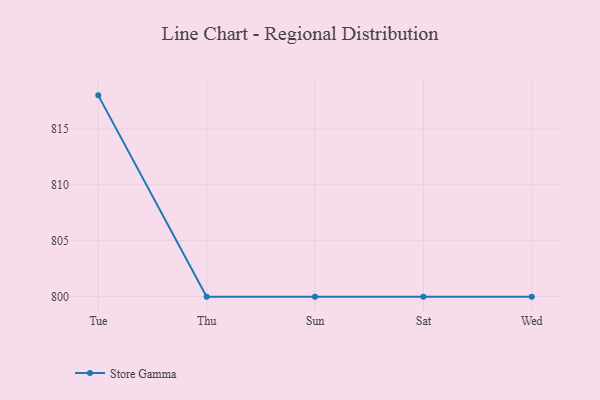
{"axis": {"x": "Day", "y": "Bounce Rate (%)"}, "legend": ["Store Gamma"], "data": [{"x": "Tue", "y": 818.0, "type": "Store Gamma"}, {"x": "Thu", "y": 800, "type": "Store Gamma"}, {"x": "Sun", "y": 800, "type": "Store Gamma"}, {"x": "Sat", "y": 800, "type": "Store Gamma"}, {"x": "Wed", "y": 800, "type": "Store Gamma"}]}